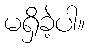
မရှိခဲ့ပါ။